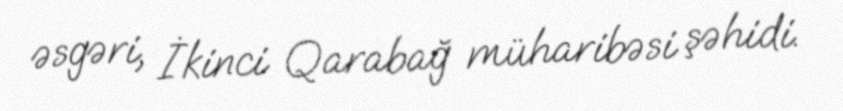
əsgəri, İkinci Qarabağ müharibəsi şəhidi.